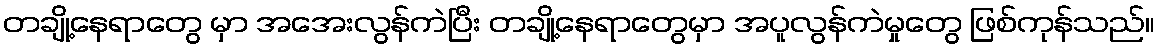
တချို့နေရာတွေ မှာ အအေးလွန်ကဲပြီး တချို့နေရာတွေမှာ အပူလွန်ကဲမှုတွေ ဖြစ်ကုန်သည်။